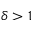
\delta > 1